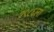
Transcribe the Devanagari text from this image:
१९८६ला